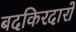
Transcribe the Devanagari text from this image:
बदकिरदारों